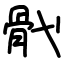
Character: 骮